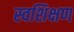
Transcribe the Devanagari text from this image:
स्वशिक्षण